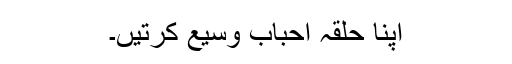
اپنا حلقہ احباب وسیع کرتیں۔